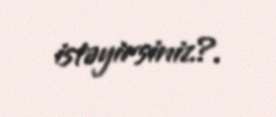
istəyirsiniz?.